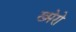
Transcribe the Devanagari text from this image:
ख्मेरो